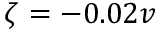
\zeta = - 0 . 0 2 v